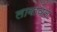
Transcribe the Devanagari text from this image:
लावावेत